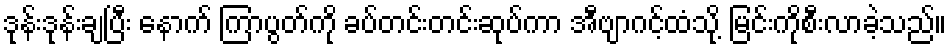
ဒုန်းဒုန်းချပြီး နောက် ကြာပွတ်ကို ခပ်တင်းတင်းဆုပ်ကာ အီဗျာဂင့်ထံသို့ မြင်းကိုစီးလာခဲ့သည်။